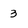
Character: 3